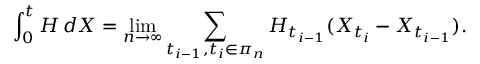
\int _ { 0 } ^ { t } H \, d X = \operatorname* { l i m } _ { n \rightarrow \infty } \sum _ { t _ { i - 1 } , t _ { i } \in \pi _ { n } } H _ { t _ { i - 1 } } ( X _ { t _ { i } } - X _ { t _ { i - 1 } } ) .